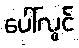
ပေါ်လွင်